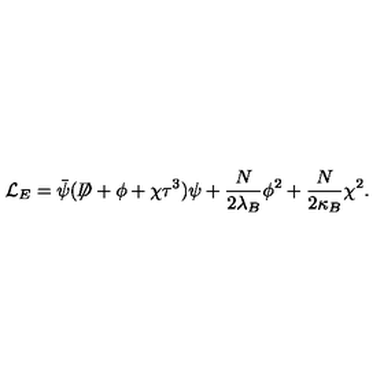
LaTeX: { \cal L } _ { E } = \bar { \psi } ( \not { \! \! D } + \phi + \chi \tau ^ { 3 } ) \psi + \frac { N } { 2 \lambda _ { B } } \phi ^ { 2 } + \frac { N } { 2 \kappa _ { B } } \chi ^ { 2 } .